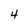
Character: 4